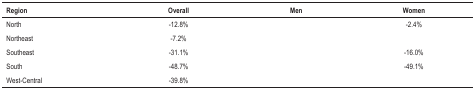
<table><thead><tr><td><b>Region</b></td><td><b>Overall </b></td><td><b>Men </b></td><td><b>Women </b></td></tr></thead><tbody><tr><td>North</td><td>-12.8%</td><td>[EMPTY_CELL]</td><td>-2.4%</td></tr><tr><td>Northeast</td><td>-7.2%</td><td>[EMPTY_CELL]</td><td>[EMPTY_CELL]</td></tr><tr><td>Southeast</td><td>-31.1%</td><td>[EMPTY_CELL]</td><td>-16.0%</td></tr><tr><td>South</td><td>-48.7%</td><td>[EMPTY_CELL]</td><td>-49.1%</td></tr><tr><td>West-Central</td><td>-39.8%</td><td>[EMPTY_CELL]</td><td>[EMPTY_CELL]</td></tr></tbody></table>